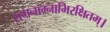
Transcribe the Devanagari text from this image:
रामनाम्नाभिरक्षितम्‌।